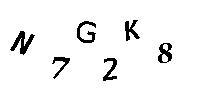
N7G2K8